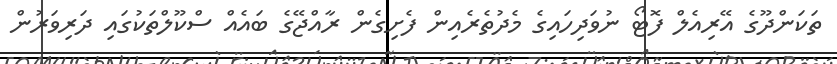
ތަކަންދޫގެ އޭރިއެލް ފޮޓޯ ނުވަދިހައިގެ މެދުތެރެއިން ފެށިގެން ރާއްޖޭގެ ބައެއް ސްކޫލްތަކުގައި ދަރިވަރުން